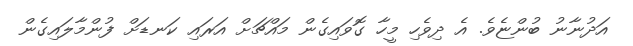
އަދުނާނު ބުންޏެވެ. އެ ދިވެހި މީހާ ގޮވައިގެން މައްޗަށް އަރައި ކަނޑަށް ފުންމާލައިގެން